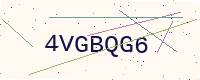
Text: 4VGBQG6